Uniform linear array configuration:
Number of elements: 64
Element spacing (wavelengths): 1
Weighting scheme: exponential
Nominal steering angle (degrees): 45
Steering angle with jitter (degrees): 44.728
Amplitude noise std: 0.05
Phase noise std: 0.05

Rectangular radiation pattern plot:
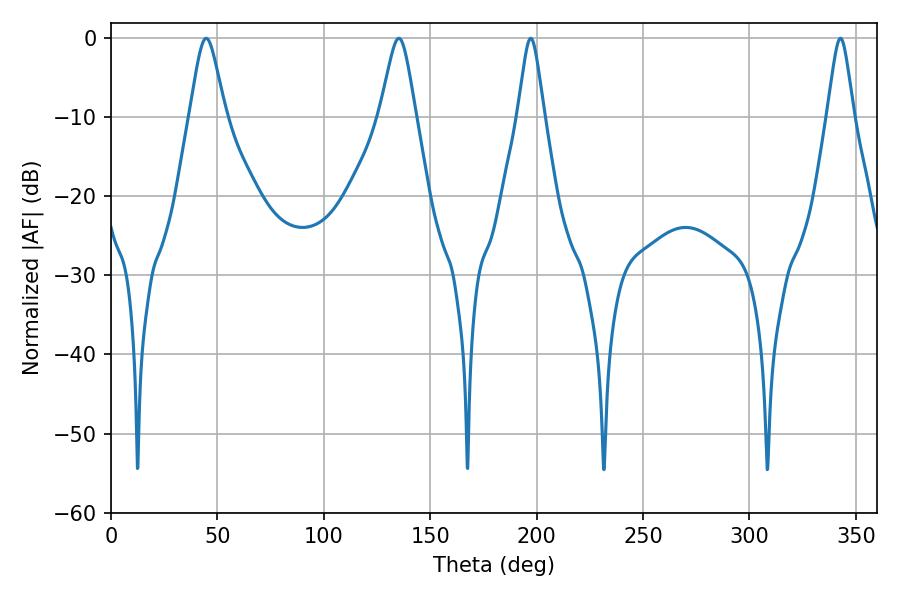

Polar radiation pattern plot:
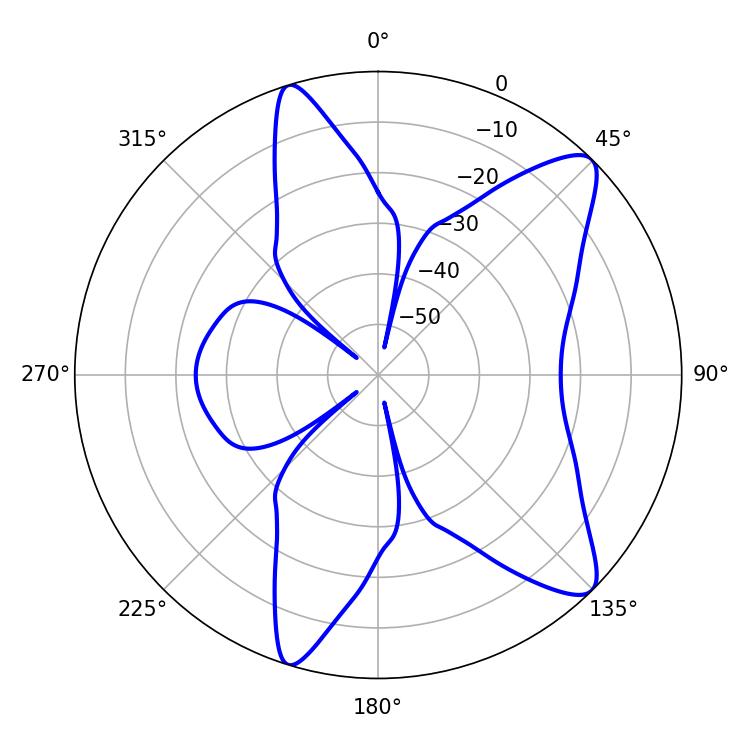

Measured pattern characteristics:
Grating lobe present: TRUE
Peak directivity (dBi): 10.568
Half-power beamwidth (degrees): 5.94
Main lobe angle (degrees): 197.28